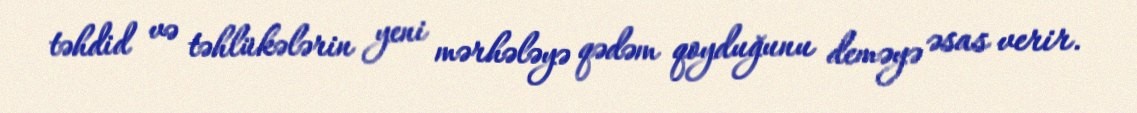
təhdid və təhlükələrin yeni mərhələyə qədəm qoyduğunu deməyə əsas verir.